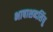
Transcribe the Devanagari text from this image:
भाषाशब्दसिंधु